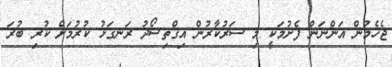
ޖެހެމުން އަންނަން ފެށުމަކީ މި ސަރުކާރުން އިގްތިސޯދު ރަނގަޅު ކުރުމަށް ކުރި ބުރަ